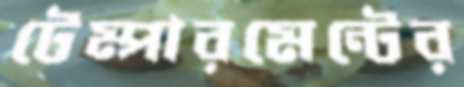
টেম্পারমেন্টের